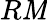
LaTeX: R\mathit{M}